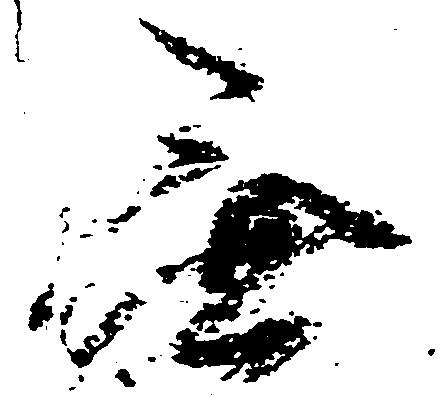
無